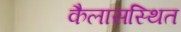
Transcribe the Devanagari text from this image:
कैलासस्थित